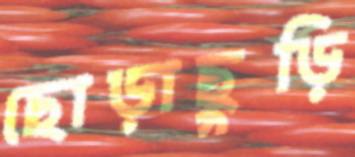
ছোড়াছুড়ি